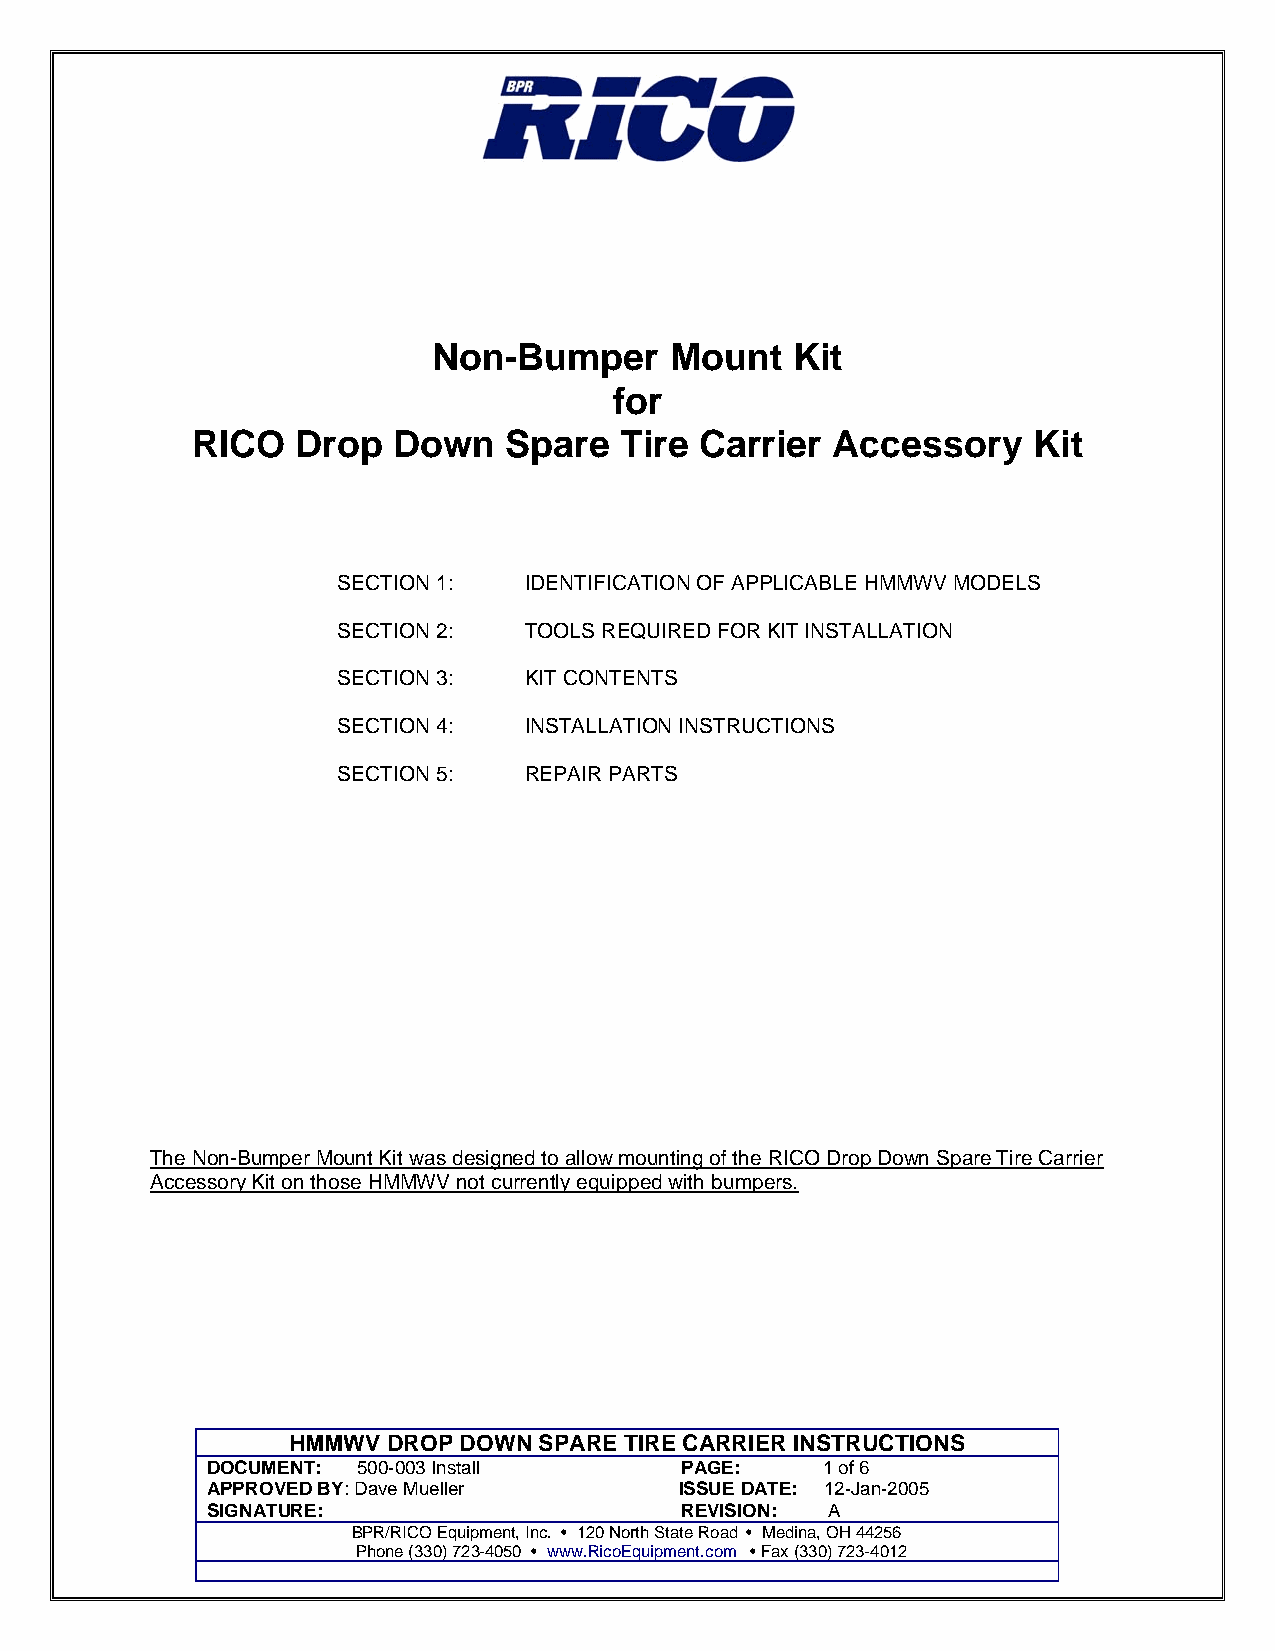
Non-Bumper     Mount   Kit
 for
 RICO   Drop  Down    Spare  Tire Carrier  Accessory    Kit
 SECTION 1:   IDENTIFICATION OF APPLICABLE HMMWV MODELS
 SECTION 2:   TOOLS REQUIRED FOR KIT INSTALLATION
 SECTION 3:   KIT CONTENTS
 SECTION 4:   INSTALLATION INSTRUCTIONS
 SECTION 5:   REPAIR PARTS
 The Non-Bumper Mount Kit was designed to allow mounting of the RICO Drop Down Spare Tire Carrier
 Accessory Kit on those HMMWV not currently equipped with bumpers.
 HMMWV  DROP DOWN SPARE TIRE CARRIER INSTRUCTIONS
 DOCUMENT: 500-003 Install      PAGE:    1 of 6
 APPROVED BY: Dave Mueller      ISSUE DATE: 12-Jan-2005
 SIGNATURE:                     REVISION: A
 BPR/RICO Equipment, Inc. • 120 North State Road • Medina, OH 44256
 Phone (330) 723-4050 • www.RicoEquipment.com • Fax (330) 723-4012